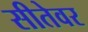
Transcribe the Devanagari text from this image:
सीतेवर